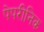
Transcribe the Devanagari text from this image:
पेपरीनिक